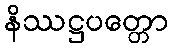
နိဿဋ္ဌပတ္တော